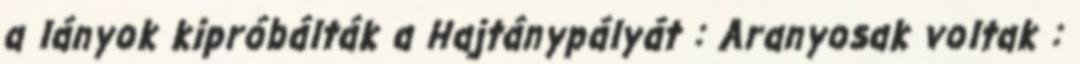
a lányok kipróbálták a Hajtánypályát : Aranyosak voltak :